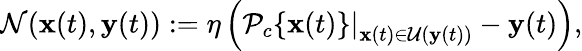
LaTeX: \mathcal{N}(\mathbf{x}(t),\mathbf{y}(t)):=\eta\left(\left.\mathcal{P}_{c}\{ \mathbf{x}(t)\} \right|_{\mathbf{x}(t)\in\mathcal{U}(\mathbf{y}(t))}-\mathbf{y}(t)\right),